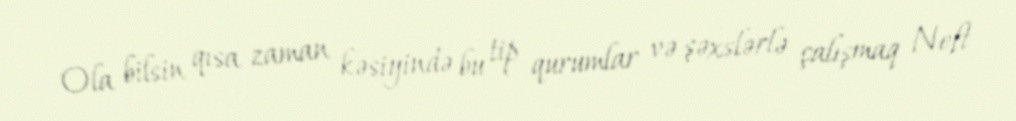
Ola bilsin qısa zaman kəsiyində bu tip qurumlar və şəxslərlə çalışmaq Neft